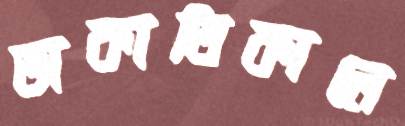
ডাকাতিকালে